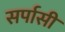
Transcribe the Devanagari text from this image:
सर्पासी